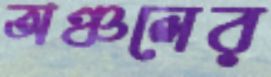
অঞ্চলের